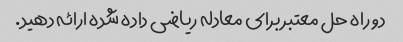
دو راه حل معتبر برای معادله ریاضی داده شده ارائه دهید.